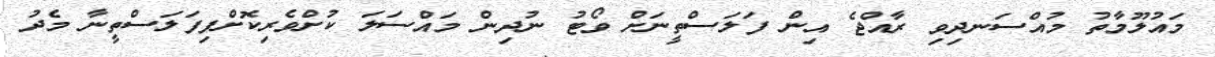
މައުލޫމާތު މުއްސަނދިވި ރާއްޖެ އިން ފަލަސްތީނަށް ވޯޓު ނުދިން މައްސަލަ ކުށްވެރިކޮށްފިފަލަސްތީނާ މެދު